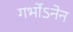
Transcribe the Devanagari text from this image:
गर्भोऽनेन